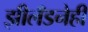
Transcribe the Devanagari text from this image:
झीलँडनेही